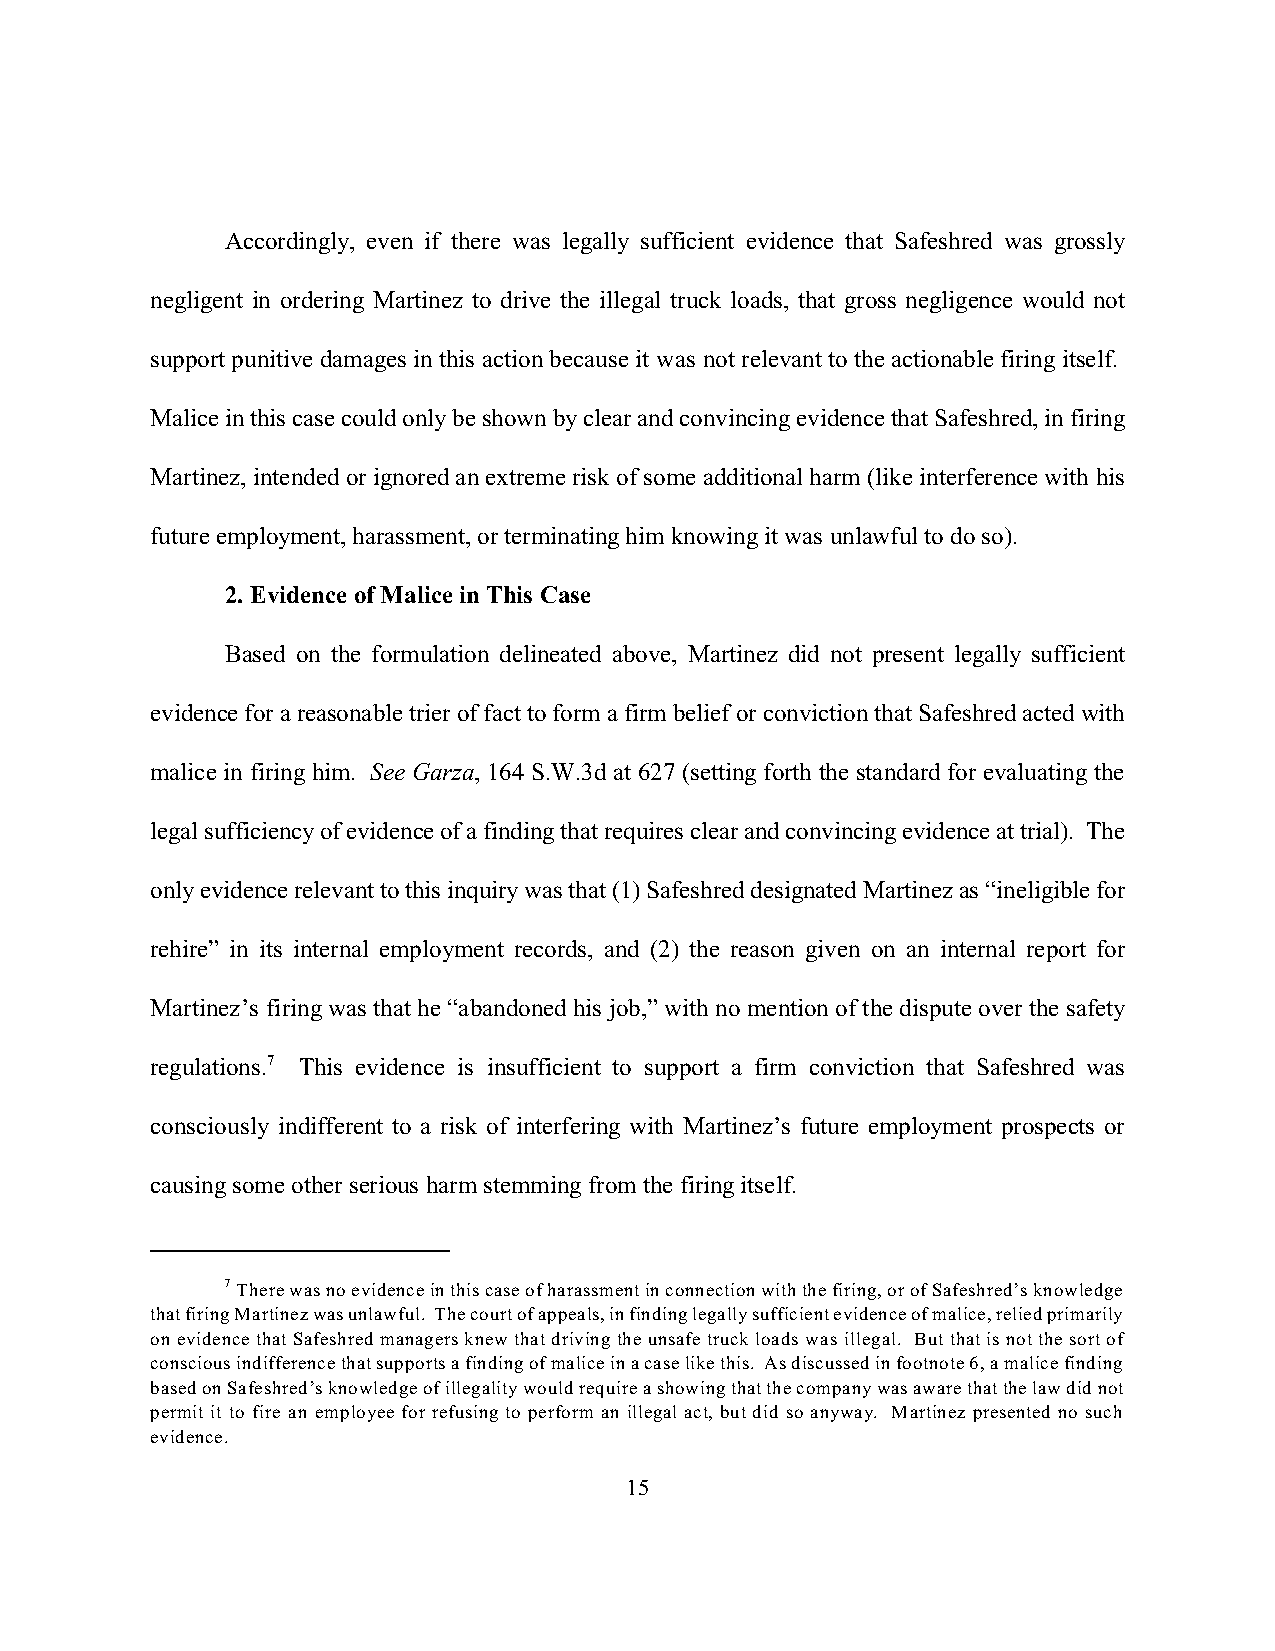
Accordingly, even if there was legally sufficient evidence that Safeshred was grossly
 negligent in ordering Martinez to drive the illegal truck loads, that gross negligence would not
 support punitive damages in this action because it was not relevant to the actionable firing itself.
 Malice in this case could only be shown by clear and convincing evidence that Safeshred, in firing
 Martinez, intended or ignored an extreme risk of some additional harm (like interference with his
 future employment, harassment, or terminating him knowing it was unlawful to do so).
 2. Evidence of Malice in This Case
 Based on the formulation delineated above, Martinez did not present legally sufficient
 evidence for a reasonable trier of fact to form a firm belief or conviction that Safeshred acted with
 malice in firing him. See Garza, 164 S.W.3d at 627 (setting forth the standard for evaluating the
 legal sufficiency of evidence of a finding that requires clear and convincing evidence at trial). The
 only evidence relevant to this inquiry was that (1) Safeshred designated Martinez as “ineligible for
 rehire” in its internal employment records, and (2) the reason given on an internal report for
 Martinez’s firing was that he “abandoned his job,” with no mention of the dispute over the safety
 regulations.7 This evidence is insufficient to support a firm conviction that Safeshred was
 consciously indifferent to a risk of interfering with Martinez’s future employment prospects or
 causing some other serious harm stemming from the firing itself.
 7 There was no evidence in this case of harassment in connection with the firing, or of Safeshred’s knowledge
 that firing Martinez was unlawful. The court of appeals, in finding legally sufficient evidence of malice, relied primarily
 on evidence that Safeshred managers knew that driving the unsafe truck loads was illegal. But that is not the sort of
 conscious indifference that supports a finding of malice in a case like this. As discussed in footnote 6, a malice finding
 based on Safeshred’s knowledge of illegality would require a showing that the company was aware that the law did not
 permit it to fire an employee for refusing to perform an illegal act, but did so anyway. Martinez presented no such
 evidence.
 15